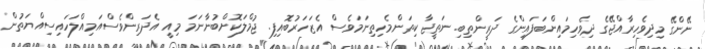
ނޭންގޭ މިދިވެހިރާއްޖޭގެ ދިވެހިމައިންބަފައިންގެ ދަރީންތިބި. ނަތީޖާ ކިތަންމެހިތިނަމަވެސް އެޒަހަރުބޮއިފި. ޖުމްލަކޮށްބުނާނަމަ މިއީ އެދަރިންވެސްއަމިއްލަހައިސިއްޔަތުން